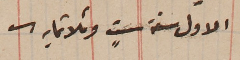
الاول سنة ستٍ وثلاثمايه.